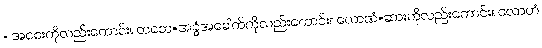
= အစေးကိုလည်းကောင်း။ တစော=အခွံအခေါက်ကိုလည်းကောင်း။ လောဏံ=ဆားကိုလည်းကောင်း။ လောဟံ